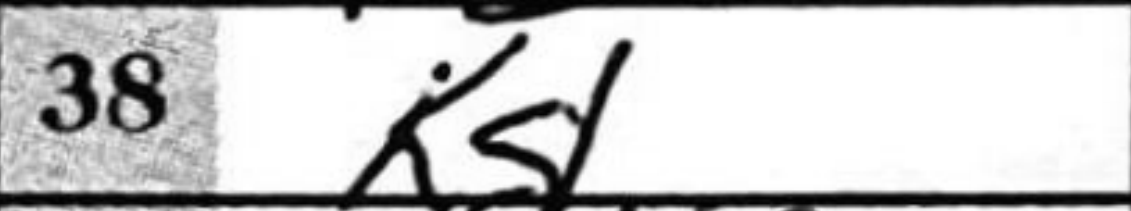
Transcription: Kg1